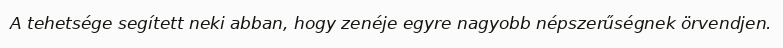
A tehetsége segített neki abban, hogy zenéje egyre nagyobb népszerűségnek örvendjen.